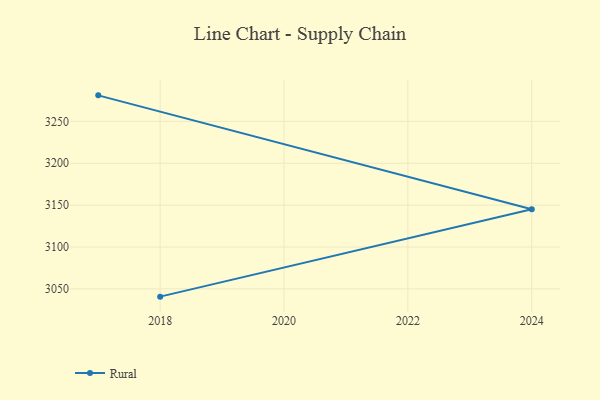
{"axis": {"x": "Year", "y": "Conversion Rate (%)"}, "legend": ["Rural"], "data": [{"x": "2018", "y": 3040.7, "type": "Rural"}, {"x": "2024", "y": 3145.1, "type": "Rural"}, {"x": "2017", "y": 3281.1, "type": "Rural"}]}